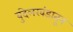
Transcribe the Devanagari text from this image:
बुंदेलखंडातून